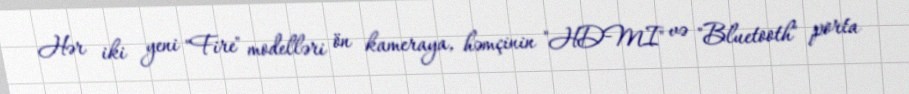
Hər iki yeni "Fire" modelləri ön kameraya, həmçinin "HDMI" və "Bluetooth" porta